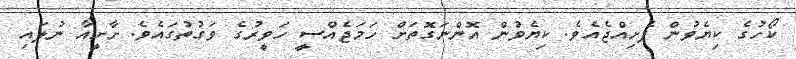
ކޯހުގެ ކިޔެވުން ފެށިއްޖެއެވެ. ކިޔެވުން އޮންނަގޮތަށް ހަމަޖެއްސީ ހަވީރުގެ ވަގުތުގައެވެ. ށާށީއާ ނުލައި